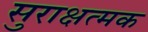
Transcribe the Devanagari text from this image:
सुराक्षत्मक